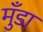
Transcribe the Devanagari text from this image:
मुँडा